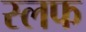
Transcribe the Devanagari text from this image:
स्लफ